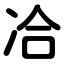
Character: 冾